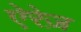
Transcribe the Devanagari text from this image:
ऐरेज़